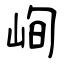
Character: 峋